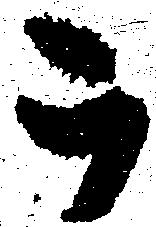
被